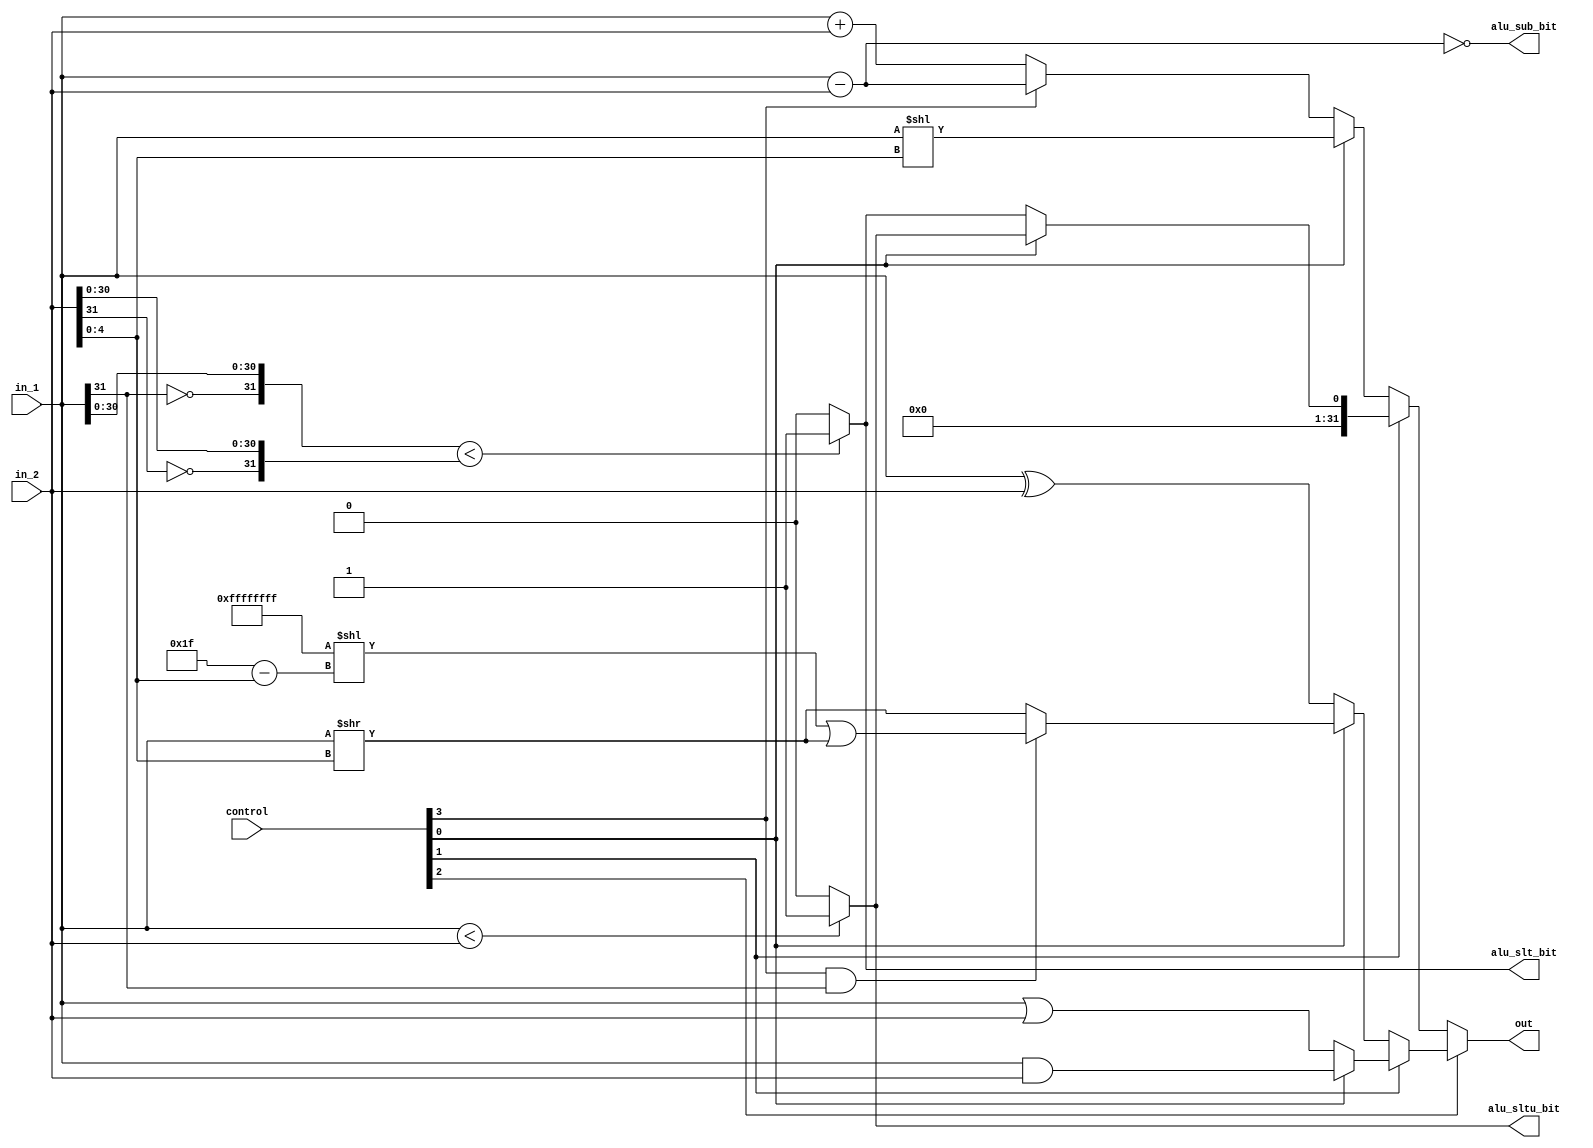
`timescale 1ns / 1ps

module alu(
    input wire [3:0] control,
    input wire [31:0] in_1,
    input wire [31:0] in_2,
    output wire alu_sub_bit,
    output wire alu_slt_bit,
    output wire alu_sltu_bit,
    output wire [31:0] out
    );
        
wire [31:0] add_out, sub_out, arith_out, sll_out, xor_out, srl_out, sra_out, sr_out, or_out, and_out;
wire slt_out, sltu_out, slt_total_out;
assign add_out = in_1 + in_2;
assign sub_out = in_1 - in_2;
assign arith_out = control[3] ? sub_out : add_out;
assign sll_out = in_1 << in_2[4:0];
assign slt_out = ({~in_1[31], in_1[30:0]} < {~in_2[31], in_2[30:0]}) ? 32'b1 : 32'b0;
assign sltu_out = (in_1 < in_2) ? 32'b1 : 32'b0;
assign slt_total_out = control[0] ? sltu_out : slt_out;
assign xor_out = in_1 ^ in_2;
assign srl_out = in_1 >> in_2[4:0];
assign sra_out = (32'hFFFFFFFF << (5'b11111 - in_2[4:0])) | srl_out;
assign sr_out = (control[3] & in_1[31])? sra_out : srl_out;
assign or_out = in_1 | in_2;
assign and_out = in_1 & in_2;
assign out = control[2] ? (control[1] ? (control[0] ? (and_out) : (or_out)) : (control[0] ? (sr_out) : (xor_out))) : 
(control[1] ? {31'b0, slt_total_out} : (control[0] ? (sll_out) : (arith_out)));
assign alu_sub_bit = (sub_out == 32'h0);
assign alu_slt_bit = slt_out;
assign alu_sltu_bit = sltu_out;

endmodule